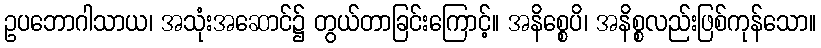
ဥပဘောဂါသာယ၊ အသုံးအဆောင်၌ တွယ်တာခြင်းကြောင့်။ အနိစ္စေပိ၊ အနိစ္စလည်းဖြစ်ကုန်သော။